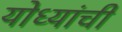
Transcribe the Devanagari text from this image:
योध्यांची